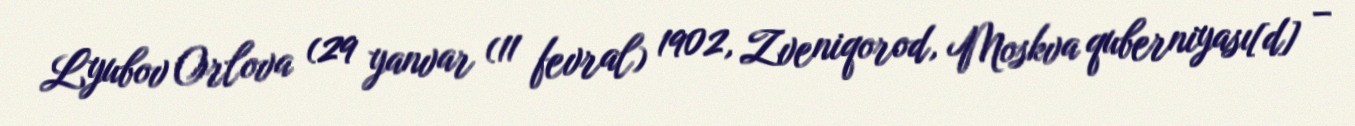
Lyubov Orlova (29 yanvar (11 fevral) 1902, Zveniqorod, Moskva quberniyası[d] –